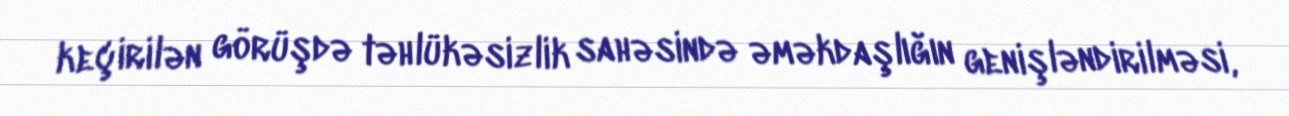
keçirilən görüşdə təhlükəsizlik sahəsində əməkdaşlığın genişləndirilməsi,